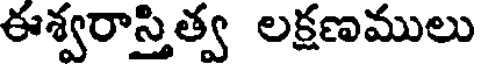
ఈశ్వరాస్తిత్వ లక్షణములు